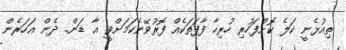
ތިއުޅެނީ ކަލެ ކޮށްފަހުރި ހުރިހާ ފާފަތަކެއް ފޮރުވޭނެކަމަށްވީ އާ ޑަން.. ދެން އަހަރެން